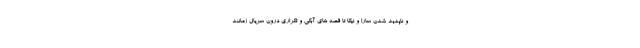
و ناپدید شدن سارا و نیکا تا قصه های آبکی و تکراری درون سریال (مانند